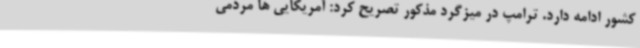
کشور ادامه دارد. ترامپ در میزگرد مذکور تصریح کرد: آمریکایی ها مردمی